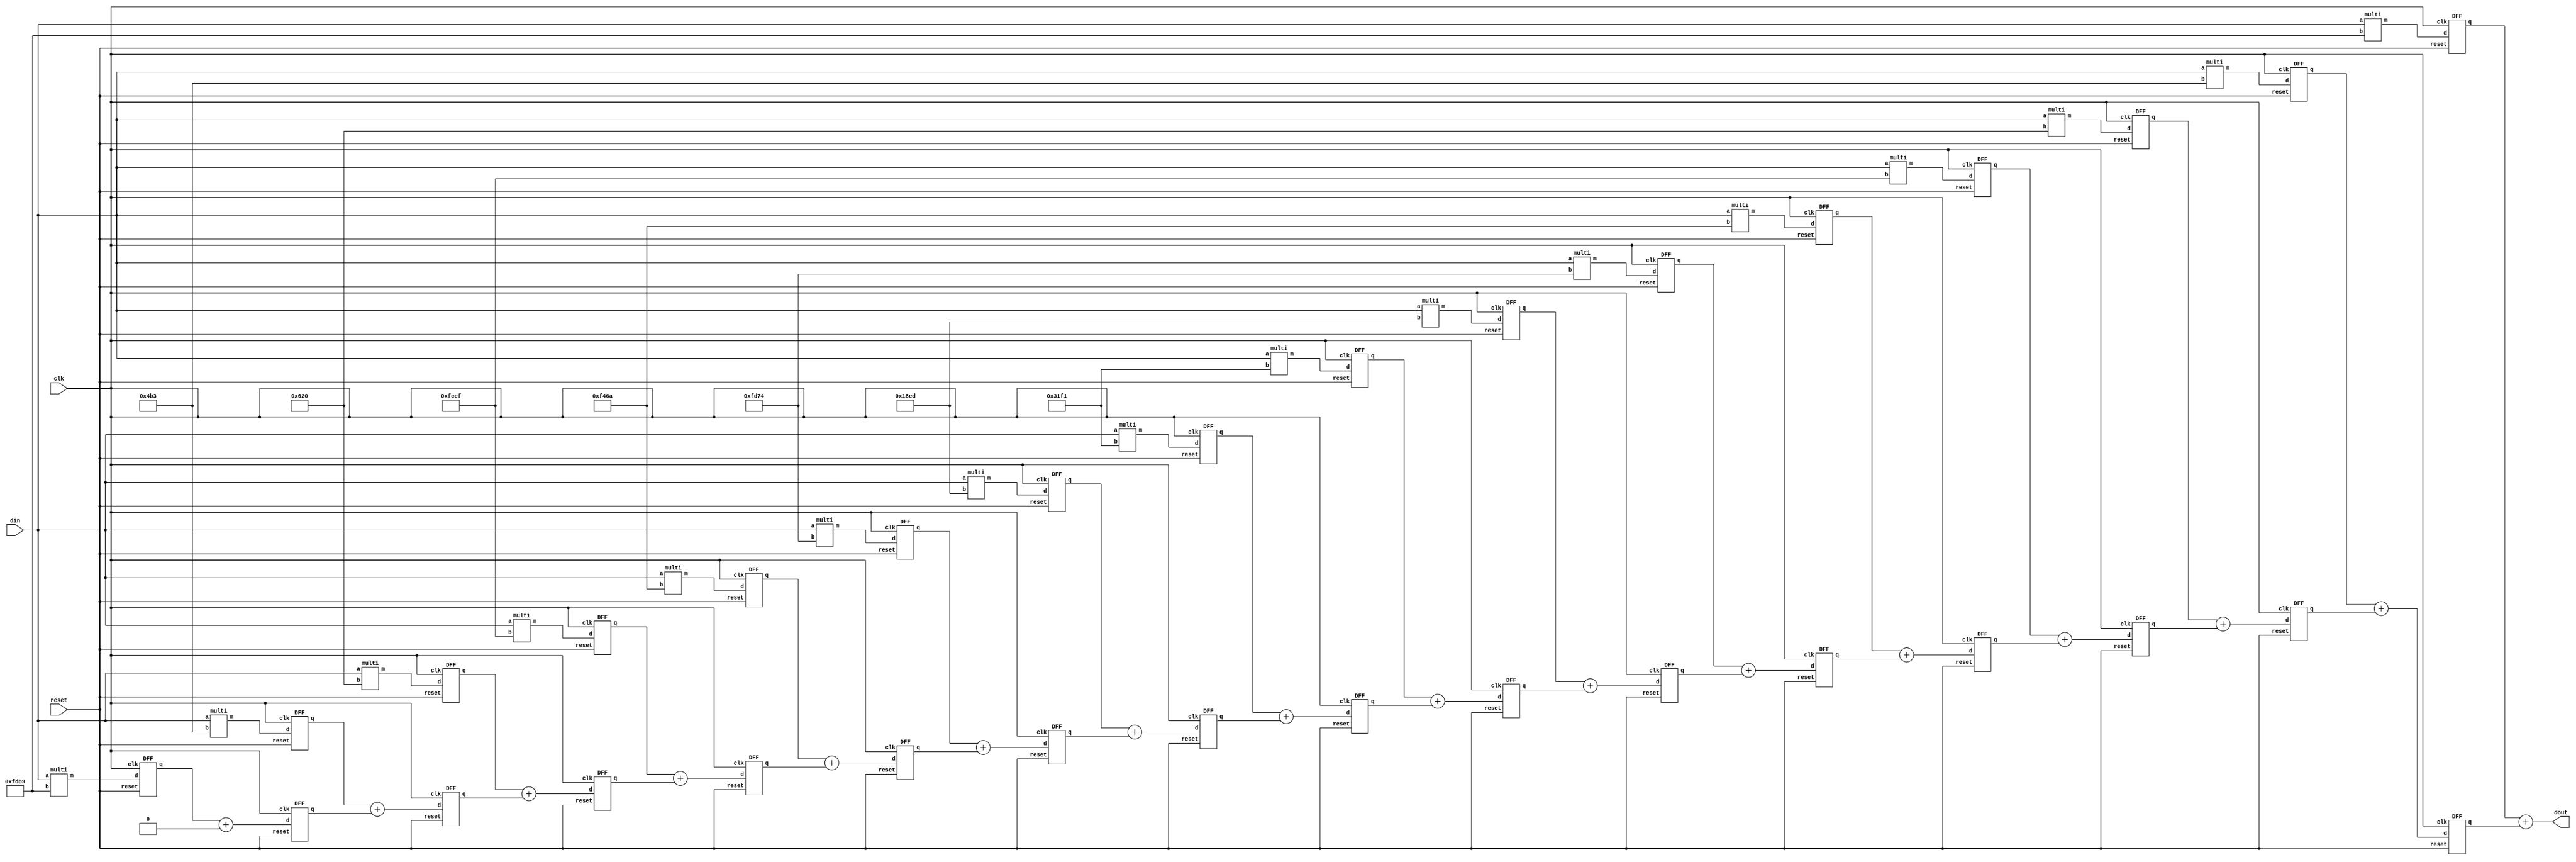
module filter_16tap(clk,din ,dout ,reset);
	input clk,reset;
	input signed [15:0]din;
	output signed [31:0]dout;
	
	parameter depth=16;
	
	
	wire signed [31:0]am[15:0];	        //multiplier output wire
	wire signed [31:0]add_out[15:0];	//adder output wire
	wire signed [31:0]q[15:0];			// latch or ff output wire
	wire signed [31:0]bm[15:0];			// pipelined register
	
	assign q[0]=31'd0;
	
	// filter coefficients 
	
	wire signed [15:0]c[15:0];	
	
	assign  c[0]=16'b1_111110110001001;			//-0.019268
	assign  c[1]=16'b0_000010010110011;			//0.0367335
	assign  c[2]=16'b0_000011000100000;			//0.0478669
	assign  c[3]=16'b1_111110011101111;			//-0.0239608
	assign  c[4]=16'b1_111010001101010;			//-0.0905421
	assign  c[5]=16'b1_111110101110100;			//-0.0199179
	assign  c[6]=16'b0_001100011101101;			//0.1947536
	assign  c[7]=16'b0_011000111110001;			//0.3901887
	assign  c[8]=16'b0_011000111110001;			//0.3901887
	assign  c[9]=16'b0_001100011101101;			//0.1947536
	assign  c[10]=16'b1_111110101110100;		//-0.0199179
	assign  c[11]=16'b1_111010001101010;		//-0.0905421
	assign  c[12]=16'b1_111110011101111;		//-0.0239608
	assign  c[13]=16'b0_000011000100000;		//0.0478669
	assign  c[14]=16'b0_000010010110011;		//0.0367335
	assign  c[15]=16'b1_111110110001001;		//-0.019268


	
	// multipliers 
	
	genvar i;
	generate 
		for(i=0;i<depth;i=i+1)	begin
		multi mt(am[i],din,c[i]);
		
		end
	endgenerate
	
	// adder
	
	genvar j;
	generate
			for(j=0;j<depth;j=j+1)	begin
			assign add_out[j]=bm[j]+q[j];
			
				end
	endgenerate
	
	// latches
	
	genvar k;
	generate 
			for(k=0;k<depth-1;k=k+1)	begin
			DFF dff(clk,reset,add_out[k],q[k+1]);
			end
	endgenerate
	
    genvar e;
	generate 
			for(e=0;e<depth;e=e+1)	begin
			DFF dff(clk,reset,am[e],bm[e]);
			end
	endgenerate
	
	// output assignment	
	assign dout=add_out[15];
	
endmodule


// latch 
module DFF (clk,reset,d,q);
	input clk,reset;
	input signed  [31:0]d;
	output reg signed  [31:0]q;
	
	always @(posedge clk) begin
		if(reset)
		q<=31'd0;
		else 
		q<=d;
	end
endmodule


// multiplication
module multi (m,a,b);
	input signed  [15:0] a,b;
	output signed [31:0] m;
	assign m=a*b;
endmodule




module testbench();
	parameter SF1=2.0**-8.0;
	parameter SF2=2.0**-23.0;
	
	reg clk,reset;
	reg signed [15:0]data_in;
	wire signed [31:0]data_out;
	
	
	filter_16tap dut(.clk(clk),.reset(reset),.din(data_in),.dout(data_out));
	
	//  clock Generation
    initial begin
				clk=1'b0;
				reset=1'b1;
				#7 reset=1'b0;
				#350 $finish;
			end
			
    always #5 clk =~clk;

		initial begin
	#2 data_in=16'b0000_0000_0000_0000;//0
	
	#7 data_in=16'b0000_0000_0000_0000;//0
	#13 data_in=16'b0000_0000_0000_0000;//0
	#7 data_in=16'b00000001_00000000;//1
	#13 data_in=16'b00000010_00000000;//2
	#7 data_in=16'b00000011_00000000;//3
	#13 data_in=16'b00000100_00000000;//4
	#7 data_in=16'b00000101_00000000;//5
	#13 data_in=16'b00000110_00000000;//6
	#7 data_in=16'b00000111_00000000;//7
	#13 data_in=16'b11111111_00000000;//-1
	#7 data_in=16'b11111110_00000000;//-2
	#13 data_in=16'b11111101_00000000;//-3
	#7 data_in=16'b11111100_00000000;//-4
	#13 data_in=16'b11111011_00000000;//-5
	#7 data_in=16'b11111010_00000000;//-6
	#13 data_in=16'b11111001_00000000;//-7
	#7 data_in=16'b11111000_00000000;//-8
	#13 data_in=16'b00000000_00000000;//0
	#7 data_in=16'b00000000_00000000;//0
	
	end
	
	always @(posedge clk) 
	$display($time," data_in= %f , data_out= %f",(data_in*SF1),(data_out*SF2));

endmodule